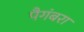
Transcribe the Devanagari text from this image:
पैगंबरा